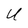
Character: U